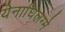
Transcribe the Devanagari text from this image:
येनाघिलग्मे